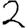
Digit: 2